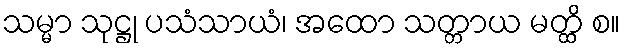
သမ္မာ သုဋ္ဌု ပသံသာယံ၊ အထော သတ္တာယ မတ္ထိ စ။